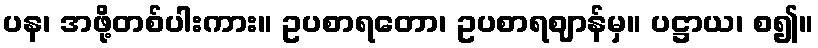
ပန၊ အဖို့တစ်ပါးကား။ ဥပစာရတော၊ ဥပစာရဈာန်မှ။ ပဋ္ဌာယ၊ စ၍။